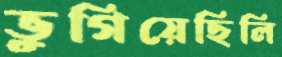
ভুগিয়েছিলি